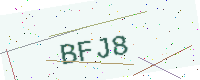
Text: BFJ8